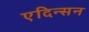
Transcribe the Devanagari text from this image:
एदिन्सन